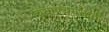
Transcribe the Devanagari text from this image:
चयापचयसाठी